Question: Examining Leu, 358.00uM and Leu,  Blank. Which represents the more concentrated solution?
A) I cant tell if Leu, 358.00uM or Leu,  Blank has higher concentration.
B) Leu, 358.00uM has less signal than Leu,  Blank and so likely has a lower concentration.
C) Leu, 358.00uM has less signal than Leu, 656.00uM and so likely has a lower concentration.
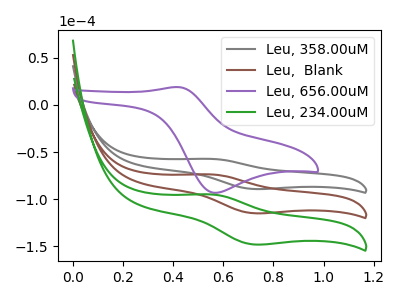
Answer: <think>The gray curve "Leu, 358.00uM" has an anodic peak at (0.55V, -57.25uA) and a cathodic peak at (0.70V, -89.25uA). The brown curve "Leu,  Blank" has an anodic peak at (0.55V, -73.75uA) and a cathodic peak at (0.70V, -114.95uA). The purple curve "Leu, 656.00uM" has an anodic peak at (0.40V, 19.05uA) and a cathodic peak at (0.55V, -93.25uA). The green curve "Leu, 234.00uM" has an anodic peak at (0.55V, -147.50uA) and a cathodic peak at (0.70V, -229.90uA).
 All the peaks in "Leu, 358.00uM" have a peak in "Leu,  Blank" at the same potential.</think>
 <answer>A) I cant tell if "Leu, 358.00uM" or "Leu,  Blank" has higher concentration.</answer>
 <eval>A</eval>